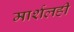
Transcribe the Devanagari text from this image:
मार्शलही